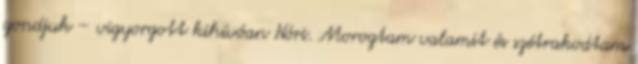
gondjuk – vigyorgott kihívóan Nóri. Morogtam valamit és szétrakodtam